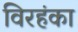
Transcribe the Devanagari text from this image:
विरहंका